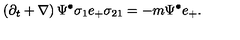
\left( \partial _ { t } + \nabla \right) \Psi ^ { \bullet } \sigma _ { 1 } e _ { + } \sigma _ { 2 1 } = - m \Psi ^ { \bullet } e _ { + } .